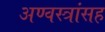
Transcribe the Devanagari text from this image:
अण्वस्त्रांसह